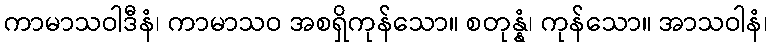
ကာမာသဝါဒီနံ၊ ကာမာသဝ အစရှိကုန်သော။ စတုန္နံ၊ ကုန်သော။ အာသဝါနံ၊